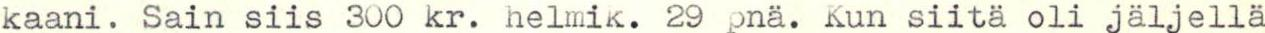
kaani. Sain siis 300 kr. helmik. 29 pnä. Kun siitä oli jäljellä